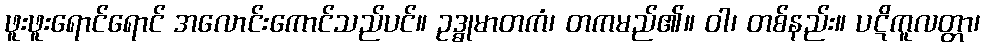
ဖူးဖူးရောင်ရောင် အလောင်းကောင်သည်ပင်။ ဥဒ္ဓုမာတကံ၊ တကမည်၏။ ဝါ၊ တစ်နည်း။ ပဋိကူလတ္တာ၊